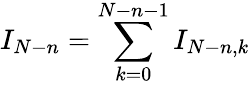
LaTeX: I_{N-n}=\sum_{k=0}^{N-n-1}I_{N-n,k}